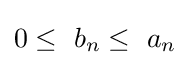
0\leq \ b_{n}\leq \ a_{n}